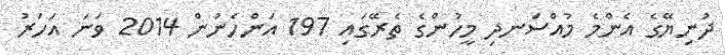
ދުނިޔޭގެ އެންމެ މުއްސަނދި މީހުންގެ ތެރޭގައި 197 އަންހެނުން 2014 ވަނަ އަހަރު